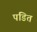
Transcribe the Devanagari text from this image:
पंडित